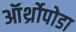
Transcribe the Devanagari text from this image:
ऑर्थ्रोपोडा